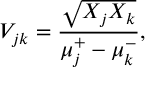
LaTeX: V _ { j k } = \frac { \sqrt { X _ { j } X _ { k } } } { \mu _ { j } \sp { + } - \mu _ { k } \sp { - } } ,